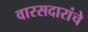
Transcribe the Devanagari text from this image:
वारसदारांचे